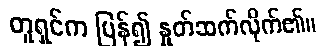
တူရှင်က ပြန်၍ နှုတ်ဆက်လိုက်၏။